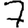
Digit: 7